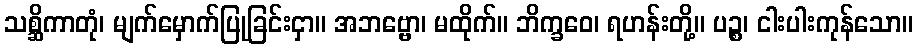
သစ္ဆိကာတုံ၊ မျက်မှောက်ပြုခြင်းငှာ။ အဘဗ္ဗော၊ မထိုက်။ ဘိက္ခဝေ၊ ရဟန်းတို့။ ပဉ္စ၊ ငါးပါးကုန်သော။